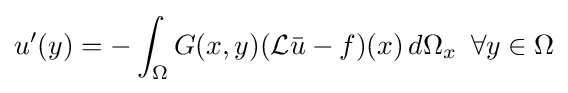
u'(y)=-\int _{\Omega }G(x,y)({\mathcal {L}}{\bar {u}}-f)(x)\,d\Omega _{x}\,\,\,\forall y\in \Omega